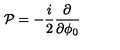
{ \cal P } = - { \frac { i } { 2 } } { \frac { \partial } { \partial \phi _ { 0 } } }